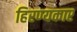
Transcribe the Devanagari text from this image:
हिरण्यकार